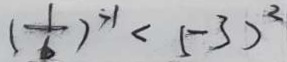
( \frac { 1 } { 6 } ) ^ { - 1 } < ( - 3 ) ^ { 2 }